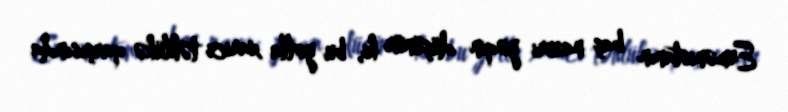
Ermənistanın baş naziri yəqin düşünür ki, bu yolla xarici təhlükə qarşısında